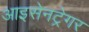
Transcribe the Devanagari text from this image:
आइसेनट्रेगर